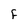
Character: F